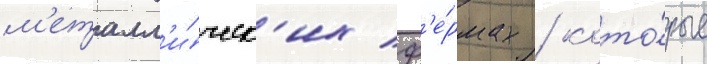
м'еталл'и́ческ'их ф'е́рмах / кото́рые